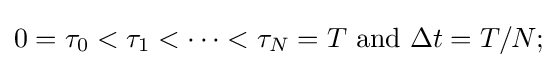
0=\tau _{0}<\tau _{1}<\cdots <\tau _{N}=T{\text{ and }}\Delta t=T/N;